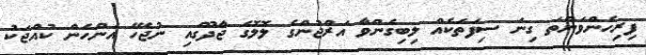
ފިރިހެންވަންތަ ގިނަ ސިފަތަކެއް ލިބިގެންވާ އަރްޖުންގެ ލޮލޮގެ ޖާދޫގައި ނުޖެހޭ އަންހެން ކުއްޖަކު